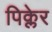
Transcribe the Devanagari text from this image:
पिक्लेर